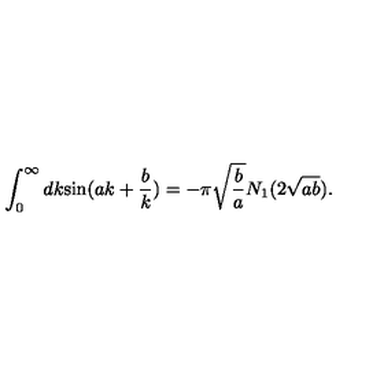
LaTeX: \int _ { 0 } ^ { \infty } d k \mathrm { s i n } ( a k + \frac { b } { k } ) = - { \pi } \sqrt { \frac { b } { a } } N _ { 1 } ( 2 \sqrt { a b } ) .